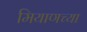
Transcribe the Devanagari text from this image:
मियाणच्या